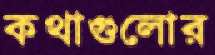
কথাগুলোর